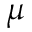
\mu